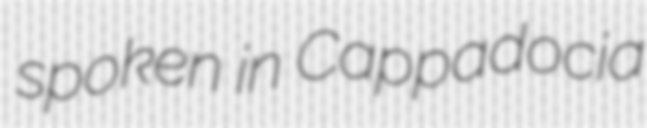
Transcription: spoken in Cappadocia